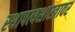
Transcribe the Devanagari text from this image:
स्थापत्यशास्त्रावर